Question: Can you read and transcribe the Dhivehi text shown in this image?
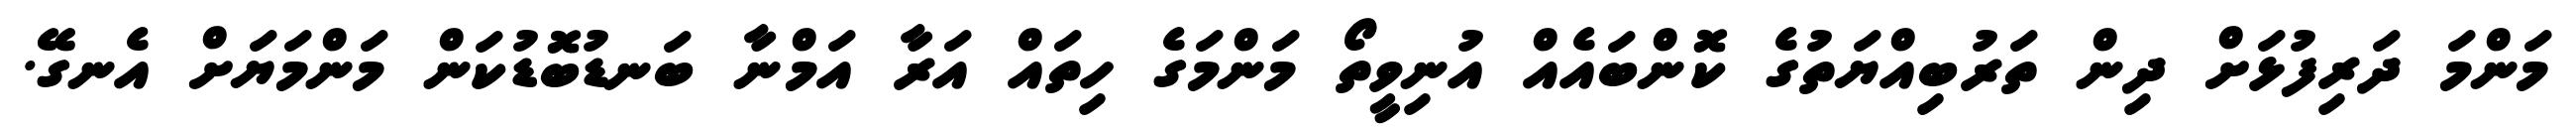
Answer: މަންމަ ދަރިފުޅަށް ދިން ތަރުބިއްޔަތުގެ ކޮންބައެއް އުނިވީތޯ މަންމަގެ ހިތައް އަރާ އަމްނާ ބަނޑުބޮޑުކަން މަންމަޔަށް އެނގޭ.